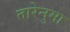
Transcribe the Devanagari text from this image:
तारेनुमा